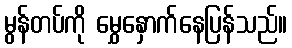
မွန်တပ်ကို မွှေနှောက်နေပြန်သည်။